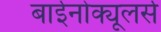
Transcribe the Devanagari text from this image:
बाईनोक्यूलर्स